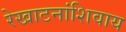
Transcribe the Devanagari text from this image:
रेखाटनांशिवाय